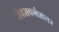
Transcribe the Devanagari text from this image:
रॉक्सबर्गशायर